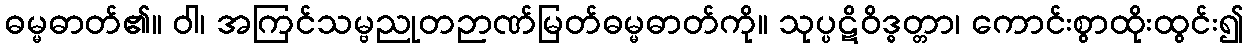
ဓမ္မဓာတ်၏။ ဝါ၊ အကြင်သမ္ဗညုတဉာဏ်မြတ်ဓမ္မဓာတ်ကို။ သုပ္ပဋိဝိဒ္ဓတ္တာ၊ ကောင်းစွာထိုးထွင်း၍